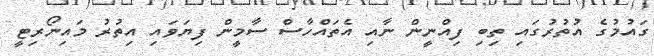
ގައުމުގެ އުތުރުގައި ތިބި ފިއްނީން ނާއި އެތައްހާސް ސާމީން ފިޔަވައި އިތުރު މައިނޯރިޓީ